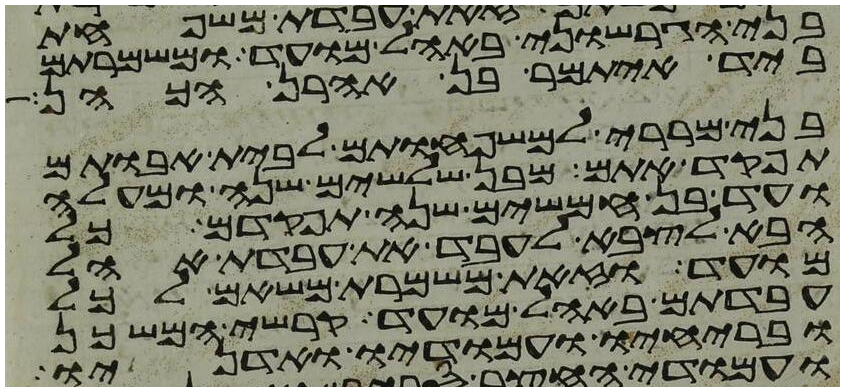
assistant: בני הגרשוני באהל מועד ומשמרתם
ביד איתמר בן אהרן הכהן
בני מררי למשפחותם לבית אבותם
תפקד אתם מבן שלשים שנה ומעלה
ועד בן חמשים שנה תפקדם כל
הבא לצבא לעבד את עבדת אהל
מועד וזאת משמרת משאם לכל
עבדתם באהל מועד קרשי המשכן
ובריחיו ועמודיו ואדניו